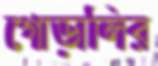
গোড়ালির